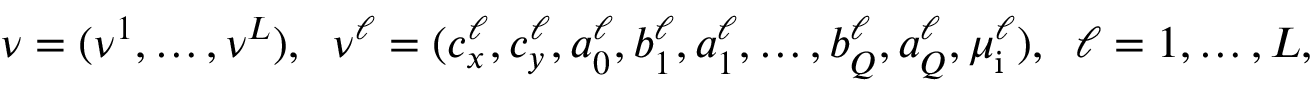
\begin{array} { r } { \ensuremath { \boldsymbol \nu } = ( \ensuremath { \boldsymbol \nu } ^ { 1 } , \ldots , \ensuremath { \boldsymbol \nu } ^ { L } ) , \; \; \ensuremath { \boldsymbol \nu } ^ { \ell } = ( c _ { x } ^ { \ell } , c _ { y } ^ { \ell } , a _ { 0 } ^ { \ell } , b _ { 1 } ^ { \ell } , a _ { 1 } ^ { \ell } , \ldots , b _ { Q } ^ { \ell } , a _ { Q } ^ { \ell } , \mu _ { \mathrm { i } } ^ { \ell } ) , \; \; \ell = 1 , \ldots , L , } \end{array}